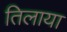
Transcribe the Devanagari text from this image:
तिलाया